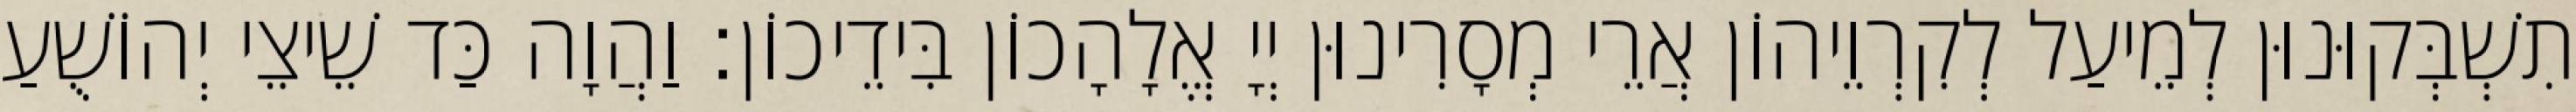
תִשְׁבְּקוּנוּן לְמֵיעַל לְקִרְוֵיהוֹן אֲרֵי מְסָרִינוּן יְיָ אֱלָהָכוֹן בִּידֵיכוֹן׃ וַהֲוָה כַּד שֵׁיצֵי יְהוֹשֻׁעַ